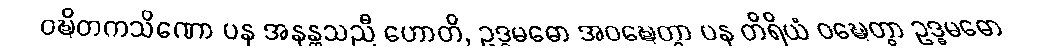
ဝဍ္ဎိတကသိဏော ပန အနန္တသညီ ဟောတိ, ဥဒ္ဓမဓော အဝဍ္ဎေတွာ ပန တိရိယံ ဝဍ္ဎေတွာ ဥဒ္ဓမဓော